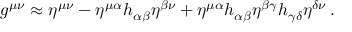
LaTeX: g ^ { \mu \nu } \approx \eta ^ { \mu \nu } - \eta ^ { \mu \alpha } h _ { \alpha \beta } \eta ^ { \beta \nu } + \eta ^ { \mu \alpha } h _ { \alpha \beta } \eta ^ { \beta \gamma } h _ { \gamma \delta } \eta ^ { \delta \nu } \, .